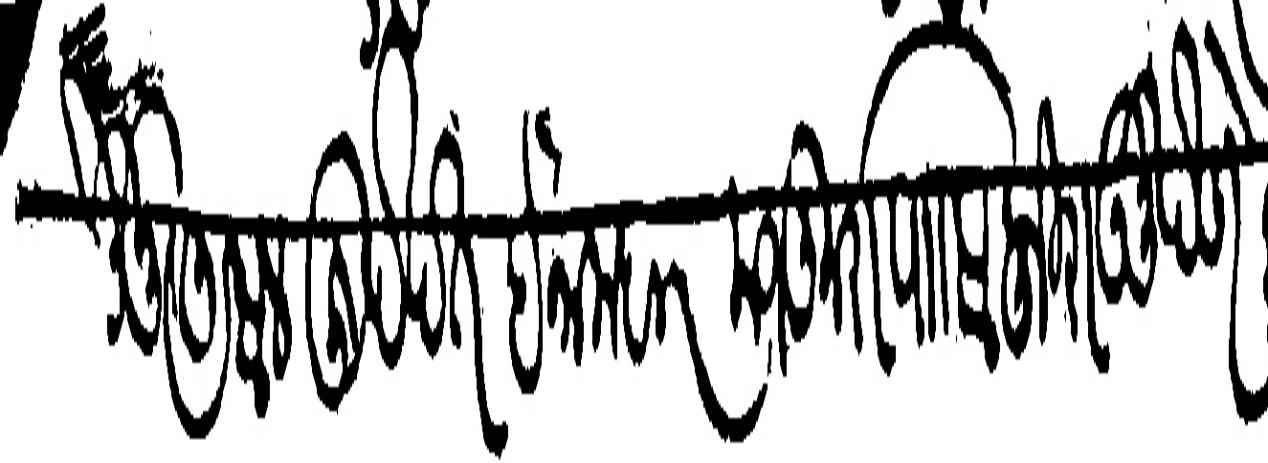
Transliteration (Devanagari): तालीकलेहुनु खुर्द खत इनामदार मजकुरापासि फिराउनु देणे